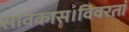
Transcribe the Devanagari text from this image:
सावकास।विवरतां